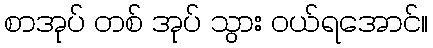
စာအုပ် တစ် အုပ် သွား ဝယ်ရအောင်။